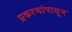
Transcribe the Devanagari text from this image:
प्रकरणांपासून